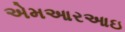
એમઆરઆઇ